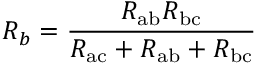
R _ { b } = { \frac { R _ { \mathrm { a b } } R _ { \mathrm { b c } } } { R _ { \mathrm { a c } } + R _ { \mathrm { a b } } + R _ { \mathrm { b c } } } }